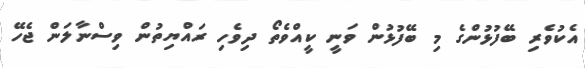
އެކުވެރި ބޭފުޅުންގެ މި ބޭފުޅުން ވަނީ ކީއްވެތޯ ދިވެހި ރައްޔިތުން ވިސްނާލަން ޖެހޭ